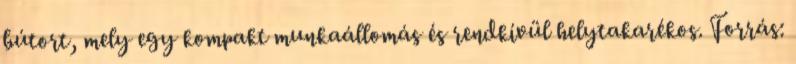
bútort, mely egy kompakt munkaállomás és rendkívül helytakarékos. Forrás: